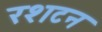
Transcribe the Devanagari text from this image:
रशटन